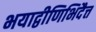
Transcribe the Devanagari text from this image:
भयाद्वीणिभिदैत्त